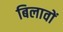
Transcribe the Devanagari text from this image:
बिलावों